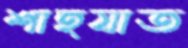
শাহযাত